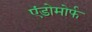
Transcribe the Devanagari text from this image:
एंडोमोर्फ